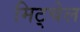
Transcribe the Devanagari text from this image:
मिट्चेल